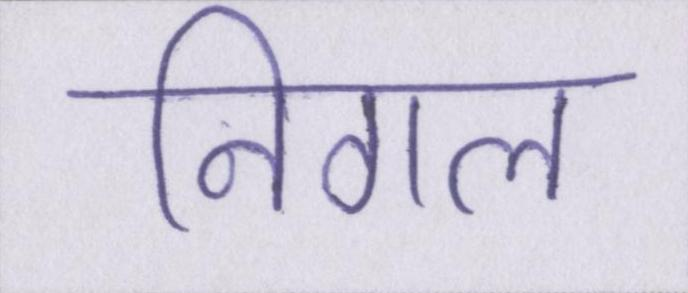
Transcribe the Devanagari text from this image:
निगल